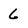
Character: 6